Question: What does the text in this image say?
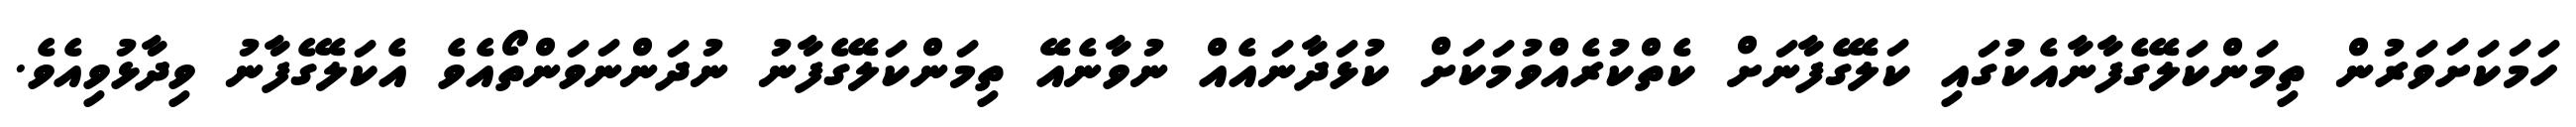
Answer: ހަމަކަށަވަރުން ތިމަންކަލޭގެފާނާއެކުގައި ކަލޭގެފާނަށް ކެތްކުރެއްވުމަކަށް ކުޅަދާނައެއް ނުވާނެއޭ ތިމަންކަލޭގެފާނު ނުދަންނަވަންތޯއެވެ އެކަލޭގެފާނު ވިދާޅުވިއެވެ.